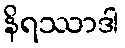
နိရဿာဒါ